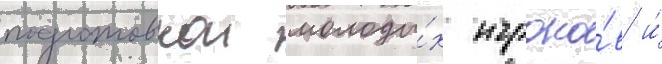
подготовкои молоды́х игроко́в и́